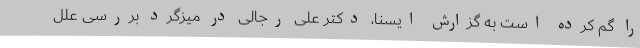
را گم کرده است به گزارش ایسنا، دکتر علی رجالی در میزگرد بررسی علل